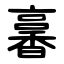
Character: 㐯